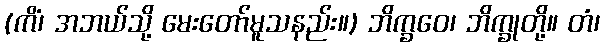
(ကိံ၊ အဘယ်သို့ မေးတော်မူသနည်း။) ဘိက္ခဝေ၊ ဘိက္ခုတို့။ တံ၊